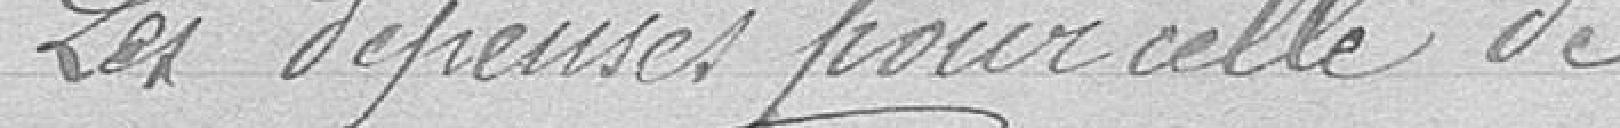
Les dépenses pour celles de